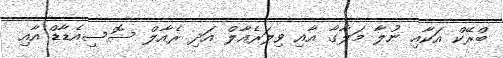
ބްރޭކް އަކާއި ނުލާ މަލާގާ އާއި ވިލަރެއާލް އަދި ރެއާލް ސޮސިއެޑާޑް އާއި